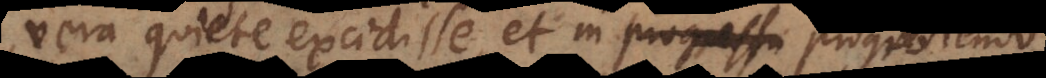
vera quiete excidisse et in progrediendo